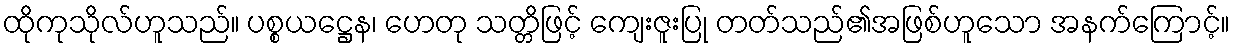
ထိုကုသိုလ်ဟူသည်။ ပစ္စယဋ္ဌေန၊ ဟေတု သတ္တိဖြင့် ကျေးဇူးပြု တတ်သည်၏အဖြစ်ဟူသော အနက်ကြောင့်။